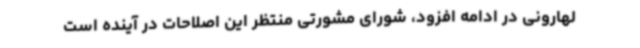
لهارونی در ادامه افزود، شورای مشورتی منتظر این اصلاحات در آینده است